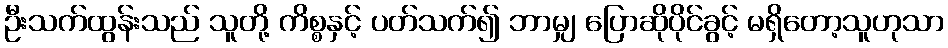
ဦးသက်ထွန်းသည် သူတို့ ကိစ္စနှင့် ပတ်သက်၍ ဘာမျှ ပြောဆိုပိုင်ခွင့် မရှိတော့သူဟုသာ